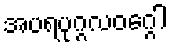
အပရပုဂ္ဂလဝဂ္ဂေါ